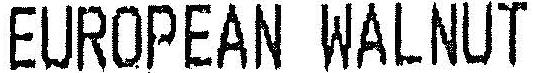
EUROPEAN WALNUT